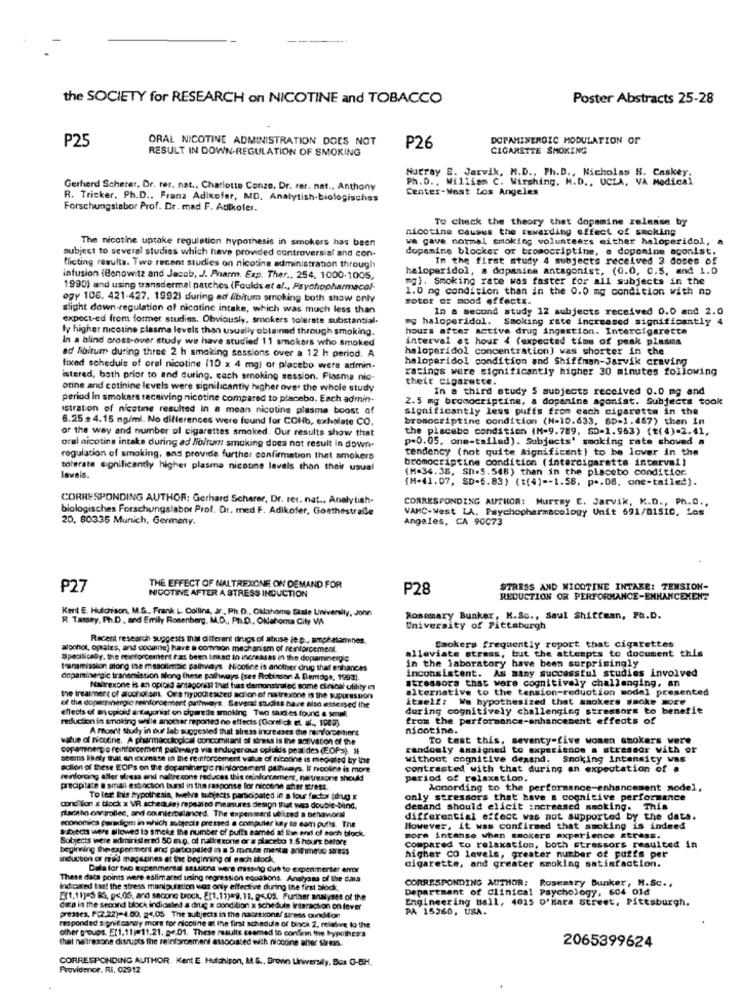
the SOCIETY for RESEARCH on NICOTINE and TOBACCO
Poster Abstracts 25-28
P25
ORAL NICOTINE ADMINISTRATION DOES NOT
DOPAMINEROIC MODULATION OF
RESULT IN DOWN-REGULATION OF SMOKING
P26
CIGARETTE SMOKING
Ph.D ., William C. Wirshing. M.D ., UCLA, VA Medical
Murray B. Jarvik, N.D ., Ph.D ., Nicholas H. Caskey
Gerhard Scherer, Dr. rer. nat ., Charlotte Conze, Dr. rer. nat ., Anthony
Center-West Los Angeles
R. Tricker. Ph.D ., Frana Adikofer, MD, Analytish-biologisches
Forschungslabor Prof. Dr. med F. Autkoler.
To check the theory that dopamine release by
nicotine causes the rewarding effect of smoking
The nicotine uptake regulation hypothesis in smokers has been
we gave normal smoking volunteers either haloperidol,
subject to several studies which have provided controversial and con-
dopamine blocker or bromocriptine, e dopomine agonist.
In the first study 4 subjects received 3 doses of
flicting results. Two recent studies on nicotine administration through
haloperidol, a dopasine antagonist, (0.0, 0.5, and 1.0
infusion (Benowitz and Jacob, J. Pharm, Exp. Ther ., 254, 1000-1005,
mg). Smoking rate was faster for all subjects in the
1990) and using transdermal patches (Foulds et al ., Psychopharmacol-
1.0 mg condition than in the 0.0 mg condition with no
ogy 106. 421-427. 1992) during ad (bitum smoking both show only
motor or mood effects.
slight down-regulation of nicotine intake, which was much less than
In a second study 12 subjects received 0.0 and 2.0
expect-ed from former studies. Obviously, smokers tolerate substantial-
my haloperidol. Smoking rate increased significantly 4
ly higher nicotine plasma levels than usually obtained through smoking.
hours after active drug ingestion. Intercigarette
In a blind cross-over study we have studied 11 smokers who smoked
interval at hour 4 (expected time of peak plasms
haloperidol concentration) was shorter in che
ad libitum during three 2 h smoking sessions over a 12 h period. A
haloperidol condition and Shiffman-Jarvik craving
fixed schedule of oral nicotine (10 x 4 mg) or placebo were admin.
ratings were significantly higher 30 minutes following
istered, bath prior to and during. cach smoking session. Plasma nic-
their cigarette.
otine and cotinine levels were significantly higher over the whole study
In a third study S subjects received 0.0 mg and
period in smokers receiving nicotine compared to placebo. Each admin-
2.5 mg bromocriptine, a dopamine agonist. Subjects took
Istration of nicotine resulted in a mean nicotine plasma boost of
Significantly less puffs from cach cigarette in the
6.25+4.15 mg/ml. No differences were found for COHb, exhalate CO.
bromocriptine condition (H-10.633, 8D=1.467) then in
or the way and number of cigarettes smoked. Our results show that
the placebo condition (M-9.789, SD=1.963) (t(4)=2.41.
p=0.05, one-tailed). Subjects' smoking rate showed a
orel nicotine intake during ad lo/tun smoking does not result in down
tendency (not quite significant) to be lover in the
regulation of smoking, and provide further confirmation that smokers
bromocriptine condition (intercigarette interval)
tolerate significantly higher plasma nicotine levels than their usual
(M=34.38, Sh=5.548) than in the placebo conditior.
lavals.
(M-41.07. SD-6.83) (t(4) -- 1.58, p .. 08. one-tailed).
CORRESPONDING AUTHOR: Gerhard Scherer, Dr. rer. nat .. Analytish-
CORRESPONDING AUTHOR: Murray C. Jarvik, K.D ., Ph.D .,
biologisches Forschungslabor Prof. Dr. med F. Adikofer, Gosthestraße
VAMC-West LA. Psychopharmacology Unit 691/01510, Los
20, 80336 Munich, Germany.
Angeles, CA 90073
P27
THE EFFECT OF NALTREXONE ON DEMAND FOR
P28
STRESS AND NICOTINE INTAKE: TENSION-
NICOTINE AFTER A STRESS INDUCTION
REDUCTION OR PERFORMANCE-ENHANCEMENT
Kent E. Hulchison, M.S ., Frank L. Collins, J , Ph.D ., Oklahoma State University, John
R Tassey, Ph.D . and Emily Rosenberg, M.D ., Ph.D ., Olahoma City VIA
Rosemary Bunker, K.So ., Saul Shiftman, Ph.D.
University of Pittsburgh
Recent research suggests that different drugs of atxise je p ., amphetamines
alpohol, oprates, and cocaine) have a common mechanism of renforcement.
Smokers frequently report that cigarettes
Specifically, the reinforcement has been linked to increases in the dopamincigic
in the laboratory have been surprisingly
alleviate strass, but the attempts to document this
transmission along ise masolimbic palmidys. Nicotine is another drug that enhances
inconsistent. As many successful studies involved
dopamine gic transmission along these pathways (see Robinson & Bamidge, 1993).
stressors that were cognitively challenging, an
Naltrexone is an opioid antagonist baal has demonsimiled some chrscat utility en
alternative to the tension-reduction model presented
the treatment of alcohol ism. Ora frypotessed acion of nutrexone is the suppression
itself: We hypothesized that smokers smoke more
effects of an opioid antagonist on cigarette smoking Two shces found a soull
of the doneminarglo reinforcement outhmays. Severst success have also assessed the
during cognitively challenging stressors to benefit
reduction in smoking wille another reported no effects (Gorefick et al ., 1987).
from the performance-enhancement effects of
A monn't study in dur lab suggested that stress increases the revforcement
nicotine.
value of nicotine. A pharmacological concomitant of stress is ine motivation of the
To test this, seventy-five women smokers were
copaminergie reinforcement palways via endogerous opluidis peat des (EOP5). It
randomly assigned to experience a stressor with or
seems likely that an eicrease in the renforcement value of nicotine is mediated by the
without cognitive dexand.
Smoking Intensity was
action of these EOPs on the dopaminergic reinforcement pathways. Il rooline is more
contrasted with that during an expectation of #
reinforcing aller aless and naltrexone reduces this reinforcement, naltrexone should
period of relaxation.
precipitate a small extinction busi in the response for nicoline after stress.
According to the performance-enhancement model,
To lest Inis hypothesis, twelve subjects participated in a lour factor drug x
only stressors that have a cognitive performance
condition x tłock x VR schedule) repealed measures design that was double-blind.
demand should elicit increased smoking. This
placebo controlled, and counterbalanced. The expenment utilized a behavioral
economics paradigm in which subjects pressed a computer kay to cam pulls. The
differential effect was not supported by the dats.
subjects were allowed to smoke the number of puffs samed at the end of each block.
However, it was confirmed that smoking is indeed
Subjects were administered 50 mg. of naltrexone or a placebo 1.5 hours before
more intense when smokers experience stress.
beginning the expenment and participaled in a 5 minute mentar antmelo stress
Compared to relaxation, both stressors resulted in
induction or med magazines at the beginning of each block,
cigarette, and greater smoking satisfaction.
higher CO levels, greater number of puffs per
Dala for two Expenmental sestions were missing dus to experimenter error
These data points were eslimared using regression equations. Analyana of the data
CORRESPONDING AUTHOR: Rosemary Bunker, M.Sc .,
Indicated laet the stress manipulation was only effective during the first block,
Department of Clinical Psychology, 604 old
F(1,11)-S Ra, p <, 05, and second trock, E(1,11)=9. 11. p <. 05. Further analyses of the
Engineering Hall, 4015 o'Hara street, Pittsburgh.
data in the second block indicaled a drug x condition x schedule interaction on fever
PA 15260, USA.
presses, F[2.22)=4.00. 24.05. The subjects in the nacrexone/ stress oundillon
responded significandy more for nicotine al the first schedule of block 2, relatore lo the
other groups. E(1.11)=11.21. pe.01. These results seemed to confirm the hypothes's
thel naltrexone disrupts the reinforcement associated with nicotine after stress.
2065399624
CORRESPONDING AUTHOR. Kent E. Hutchison, A. S ., Brown University, Box G-BH.
Providence, RI, 02912